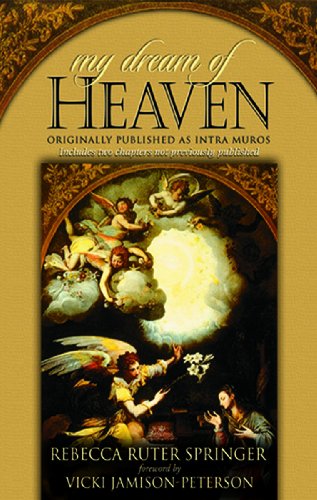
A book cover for My Dream of Heaven; Rebecca Ruter Springer; Christian Books & Bibles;